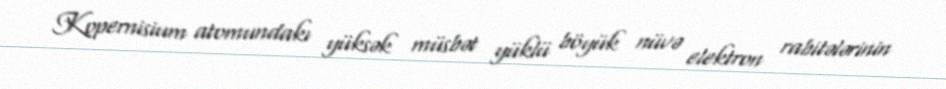
Kopernisium atomundakı yüksək müsbət yüklü böyük nüvə elektron rabitələrinin